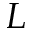
L